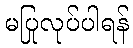
မပြုလုပ်ပါရန်